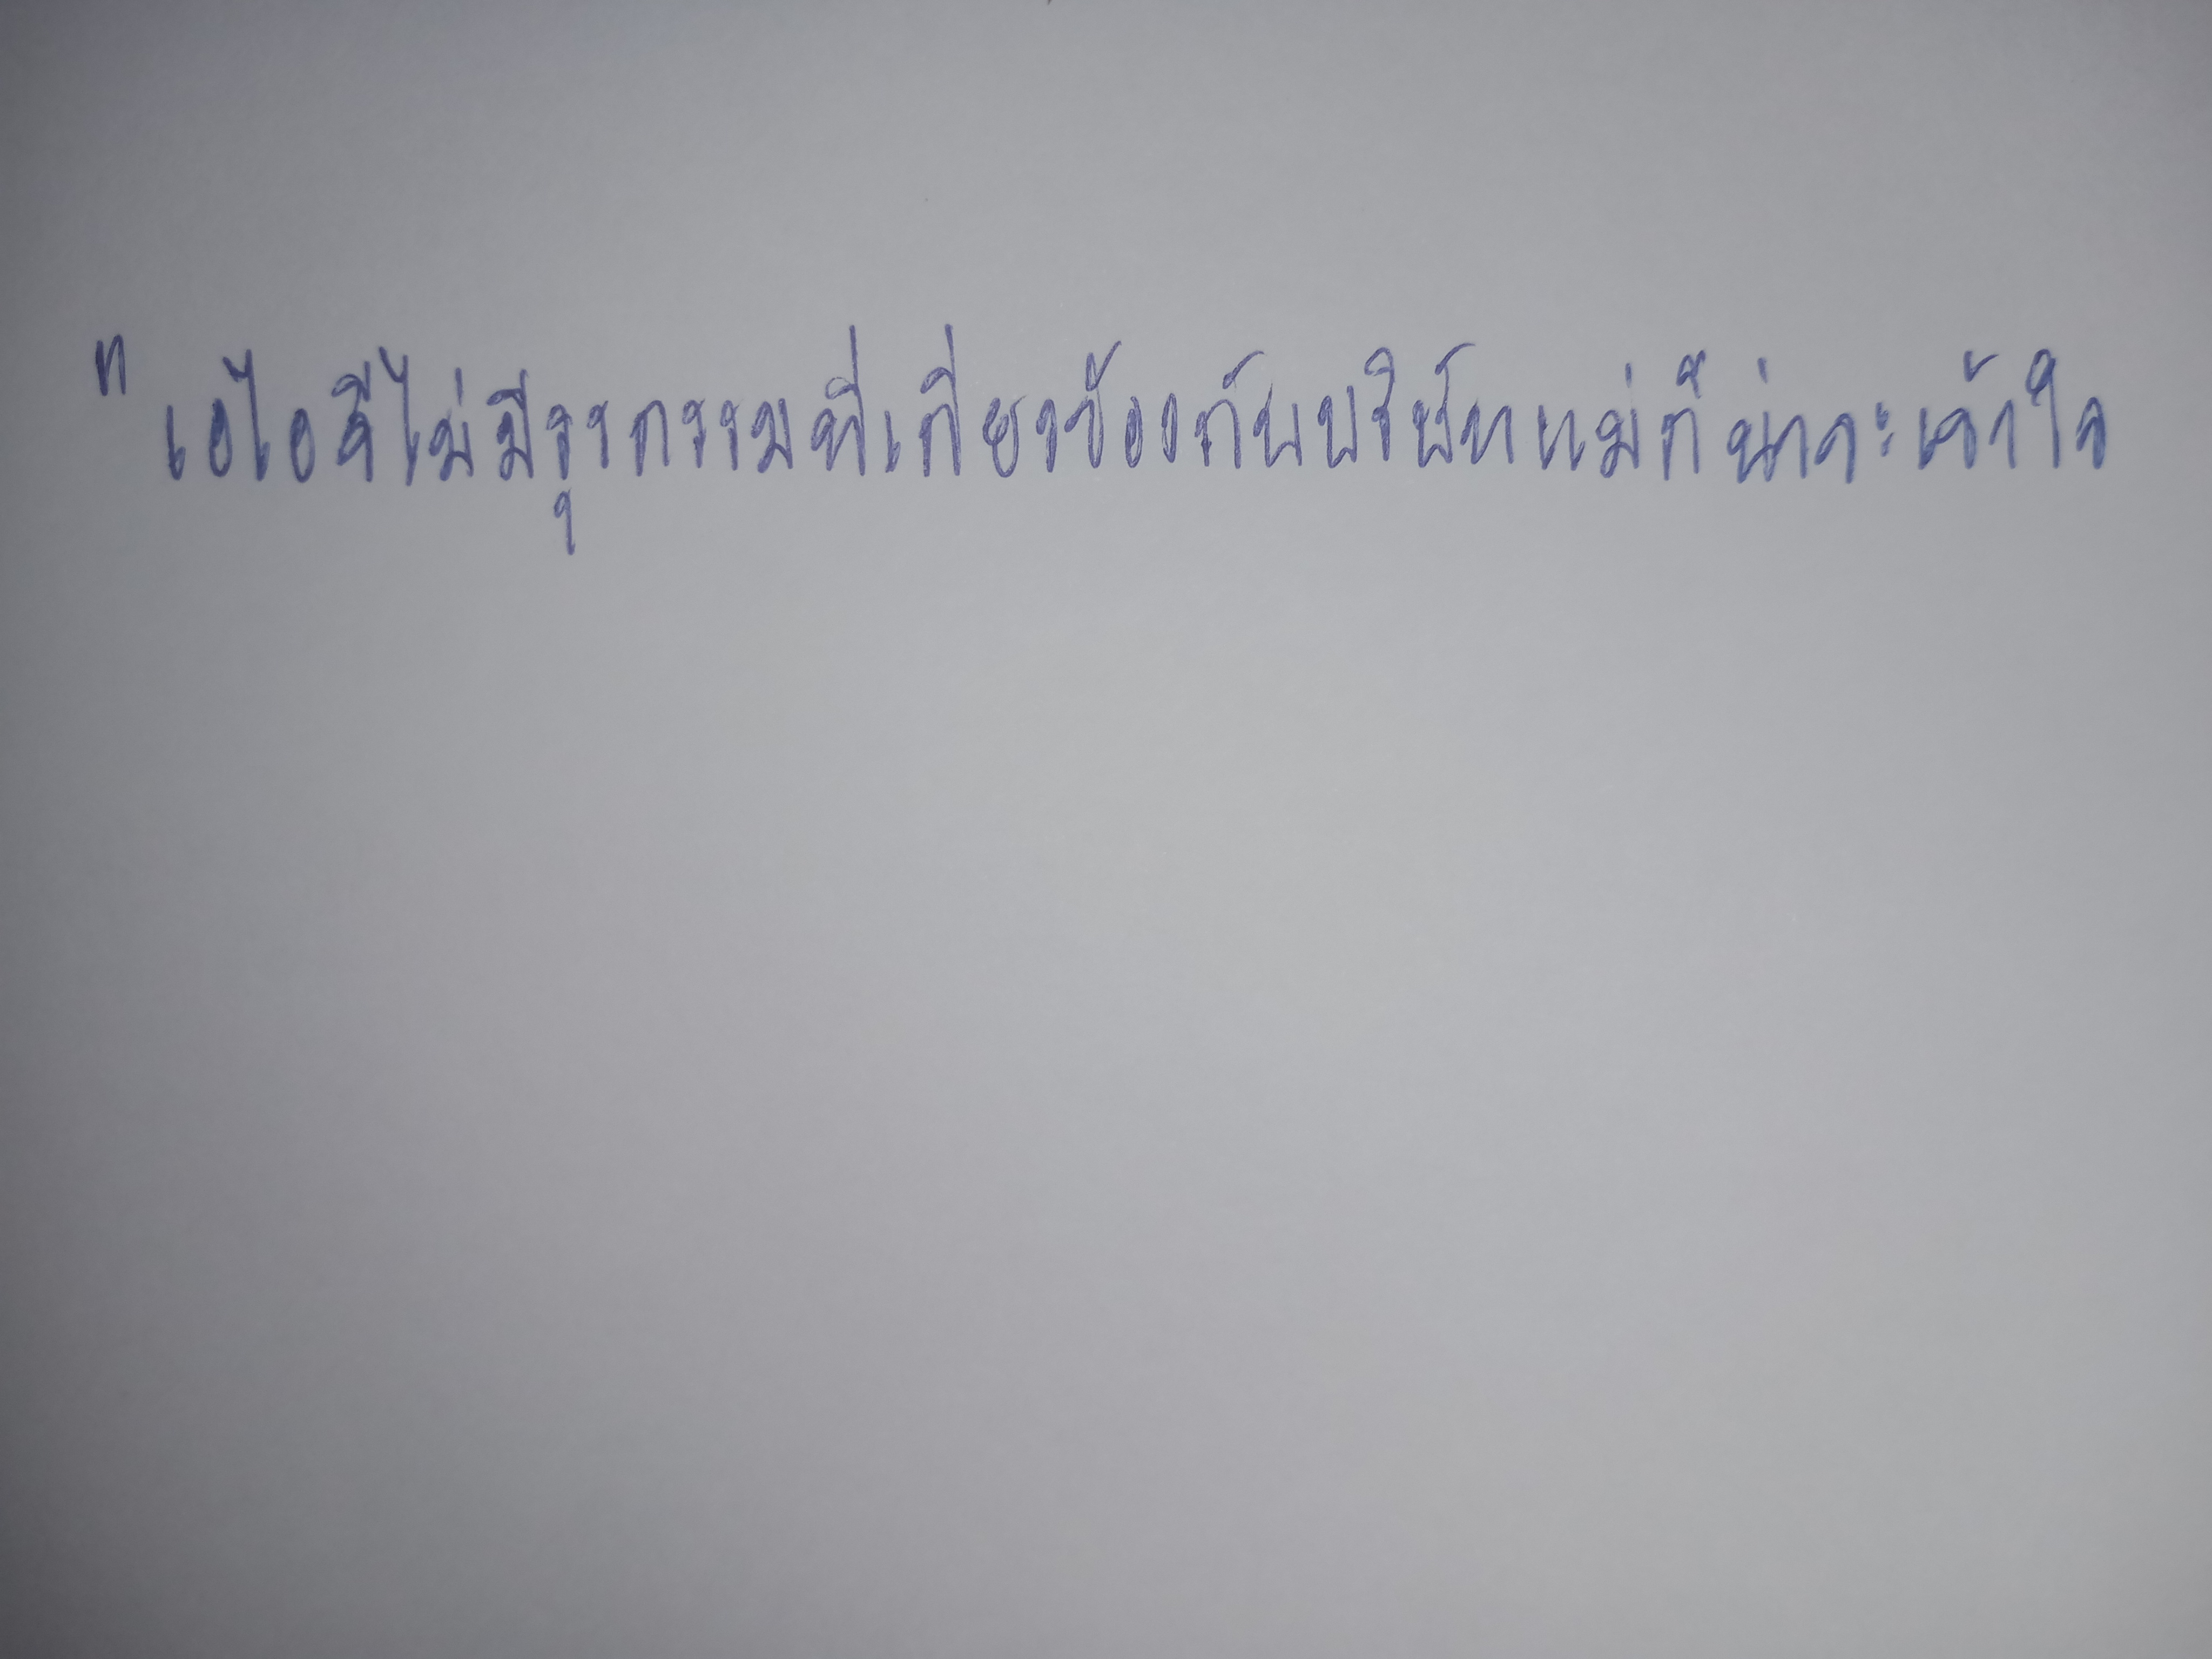
"เอไอจีไม่มีธุรกรรมที่เกี่ยวข้องกับบริษัทแม่ก็น่าจะเข้าใจ